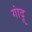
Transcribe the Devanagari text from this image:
गांदू